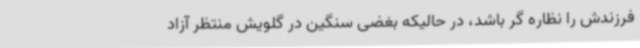
فرزندش را نظاره گر باشد، در حالیکه بغضی سنگین در گلویش منتظر آزاد